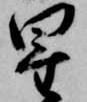
星